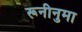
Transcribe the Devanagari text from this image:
रूनीनुमा